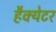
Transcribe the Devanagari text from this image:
हैक्येटर